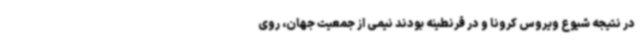
در نتیجه شیوع ویروس کرونا و در قرنطینه بودند نیمی از جمعیت جهان، روی